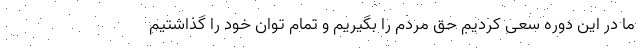
ما در این دوره سعی کردیم حق مردم را بگیریم و تمام توان خود را گذاشتیم